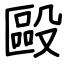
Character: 毆